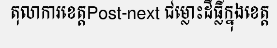
តុលាការខេត្តPost-next ជម្លោះដីធ្លីក្នុងខេត្ត